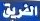
الفريق